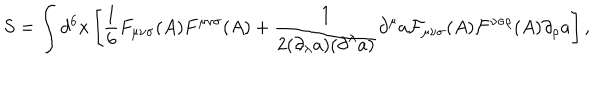
LaTeX: S = \int d ^ { 6 } x \left[ { \frac 1 6 } F _ { { \mu } { \nu } { \sigma } } ( A ) F ^ { { \mu } { \nu } { \sigma } } ( A ) + \frac { 1 } { 2 ( { \partial } _ { \lambda } a ) ( { \partial } ^ { \lambda } a ) } { \partial } ^ { \mu } a { \cal F } _ { { \mu } { \nu } { \sigma } } ( A ) { \cal F } ^ { { \nu } { \sigma } { \rho } } ( A ) { \partial } _ { \rho } a \right] ,